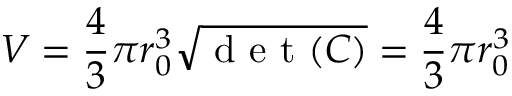
V = \frac { 4 } { 3 } \pi r _ { 0 } ^ { 3 } \sqrt { \mathrm { ~ d ~ e ~ t ~ } ( \boldsymbol { C } ) } = \frac { 4 } { 3 } \pi r _ { 0 } ^ { 3 }